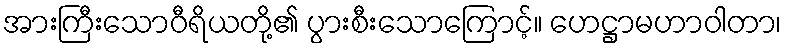
အားကြီးသောဝီရိယတို့၏ ပွားစီးသောကြောင့်။ ဟေဋ္ဌာမဟာဝါတာ၊